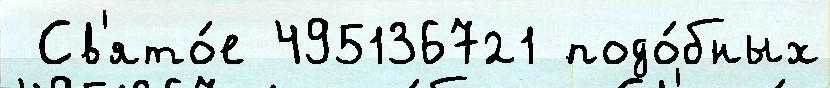
 Св'ято́е 495136721 подо́бных